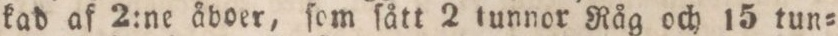
kad af 2:ne åboer, ſom ſått 2 tunnor Råg och 15 tun=